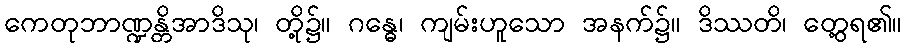
ကေတုဘာဏ္ဍန္တိအာဒိသု၊ တို့၌။ ဂန္ဓေ၊ ကျမ်းဟူသော အနက်၌။ ဒိဿတိ၊ တွေ့ရ၏။